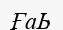
ҒаЬ